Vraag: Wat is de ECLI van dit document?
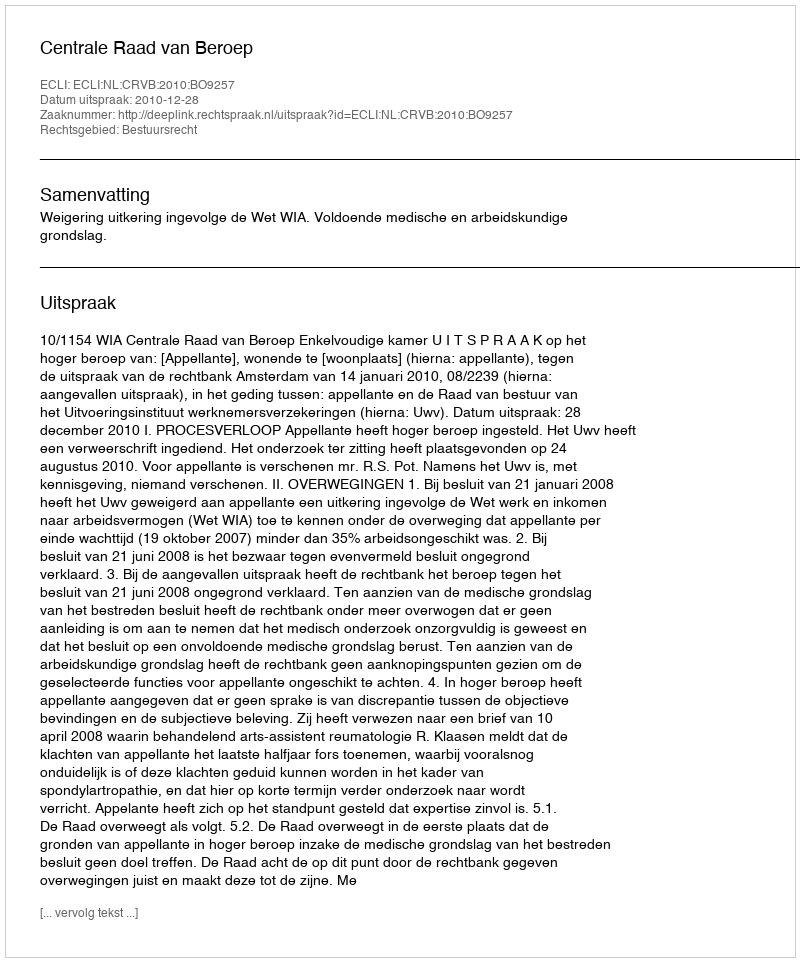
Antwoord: ECLI:NL:CRVB:2010:BO9257